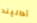
أداليند